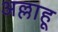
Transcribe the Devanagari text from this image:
अल्लाहू